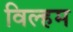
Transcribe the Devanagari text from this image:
विल्हम